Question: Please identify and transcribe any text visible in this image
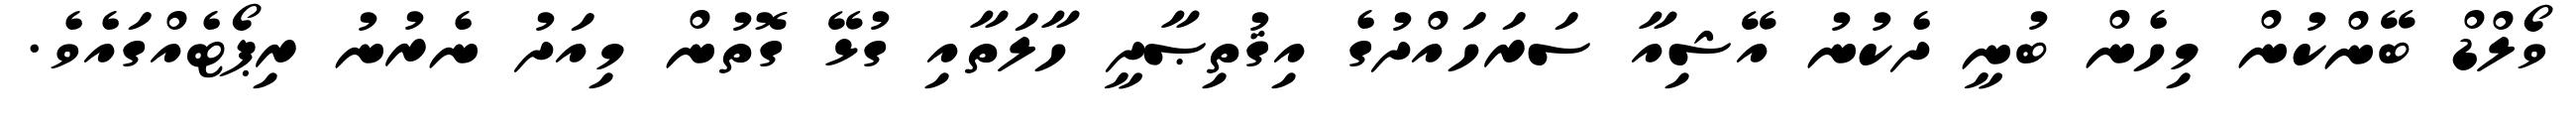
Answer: ވޯލްޑް ބޭންކުން މިހެން ބުނީ ދެކުނު އޭޝިއާ ސަރަހައްދުގެ އިޤުތިޞާދީ ހާލަތާއި ގުޅޭ ގޮތުން މިއަދު ނެރުނު ރިޕޯޓެއްގައެވެ.